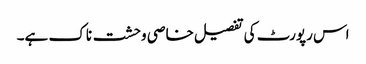
اس رپورٹ کی تفصیل خاصی وحشت ناک ہے۔